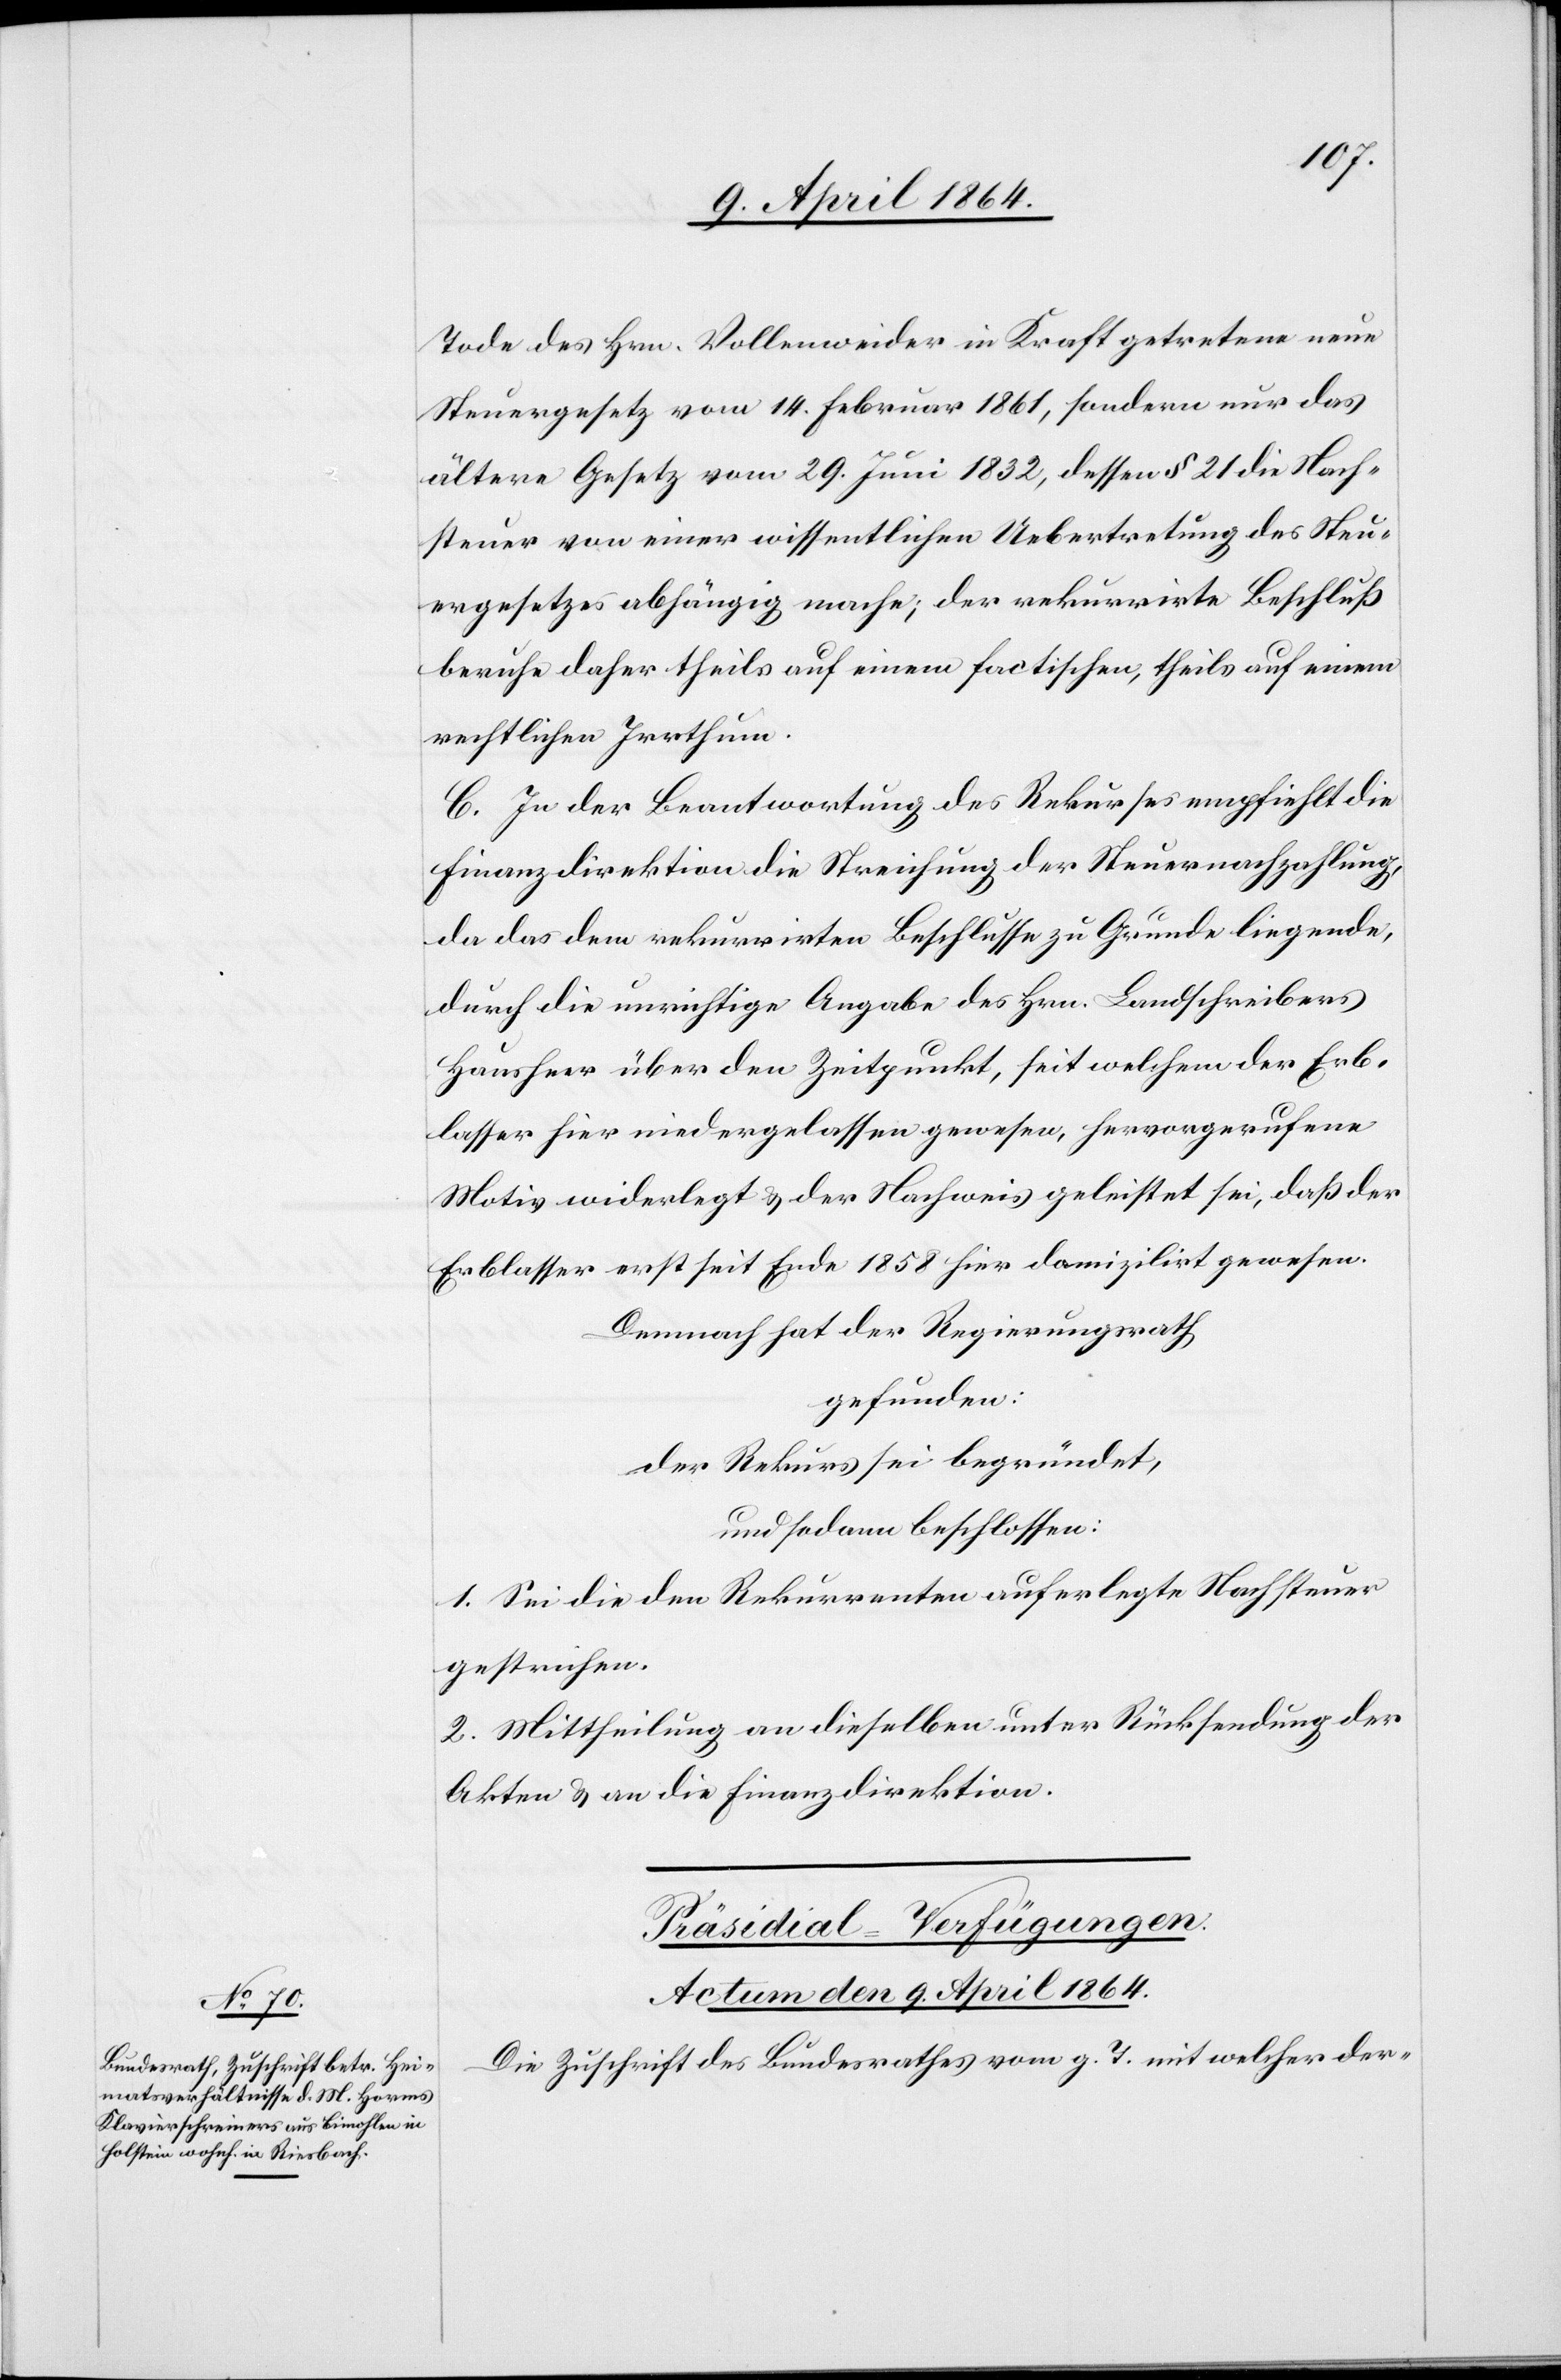
Tode des Hrn. Vollenweider in Kraft getretene neue
Steuergesetz vom 14. Februar 1861, sondern nur das
ältere Gesetz vom 29. Juni 1832, dessen § 21 die Nach¬
steuer von einer wissentlichen Uebertretung des Steu¬
ergesetzes abhängig mache [sic!]; der rekurrirte Beschluß
beruhe daher theils auf einem factischen, theils auf einem
rechtlichen Irrthum.
C. In der Beantwortung des Rekurses empfiehlt die
Finanzdirektion die Streichung der Steuernachzahlung,
da das dem rekurrirten Beschlusse zu Grunde liegende,
durch die unrichtige Angabe des Hrn. Landschreibers
Hausheer über den Zeitpunkt, seit welchem der Erb¬
lasser hier niedergelassen gewesen, hervorgerufene
Motiv widerlegt u. der Nachweis geleistet sei, daß der
Erblasser erst seit Ende 1858 hier domizilirt gewesen.
Demnach hat der Regierungsrath
gefunden:
der Rekurs sei begründet,
und sodann beschlossen:
1. Sei die den Rekurrenten auferlegte Nachsteuer
gestrichen.
2. Mittheilung an dieselben unter Rücksendung der
Akten u. an die Finanzdirektion.
Präsidial-Verfügungen.
Actum den 9. April 1864.
Die Zuschrift des Bundesrathes vom g. T. mit welcher der-